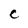
Character: C